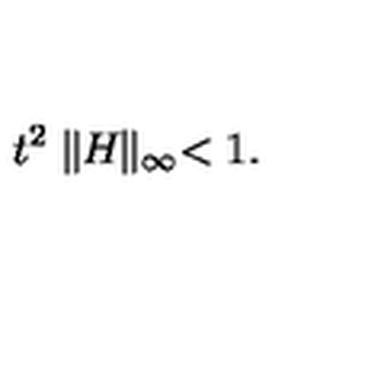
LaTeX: t ^ { 2 } \parallel \! \! H \! \! \parallel _ { \infty } < 1 .